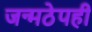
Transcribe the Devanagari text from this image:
जन्मठेपही